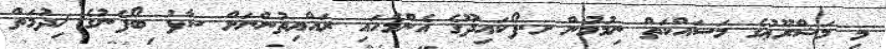
މި މަޝްރޫޢުގެ މަސައްކަތް ނިމުމުން ށ.ފޯކައިދޫގެ އެންމެހައި ރައްޔިތުންނަށް ސާފު ބޯފެނުގެ ޚިދުމަތް